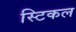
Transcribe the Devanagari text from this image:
स्टिकल